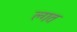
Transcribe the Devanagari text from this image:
ल्गत